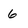
Character: 6